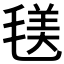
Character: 𣮺